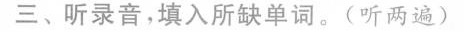
三、听录音,填入所缺单词.(听两遍)